Indian journal of veterinary science and animal husbandry - Volume 6,
Year: 1936
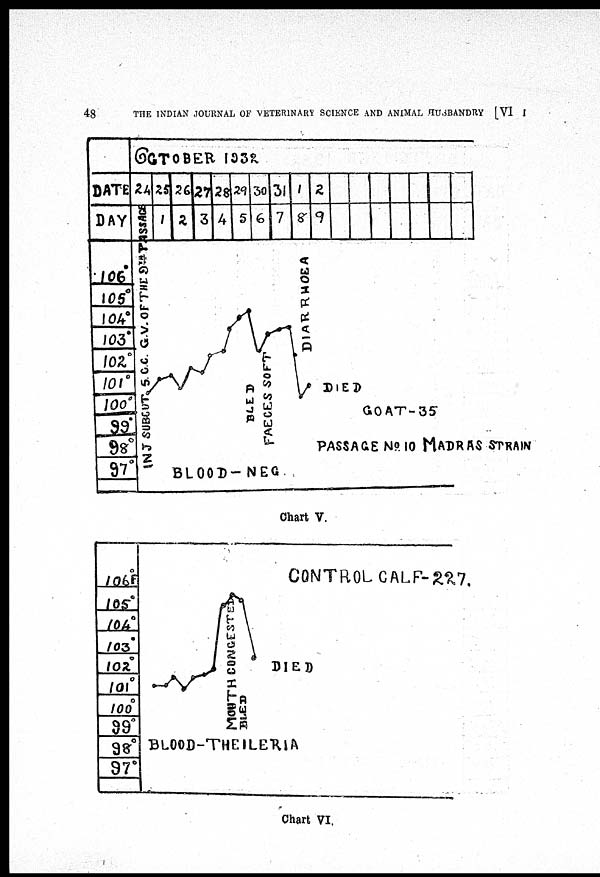
48
THE INDIAN JOURNAL OF VETERINARY SCIENCE AND ANIMAL HUSBANDRY [VI I
Chart V.
Chart VI.